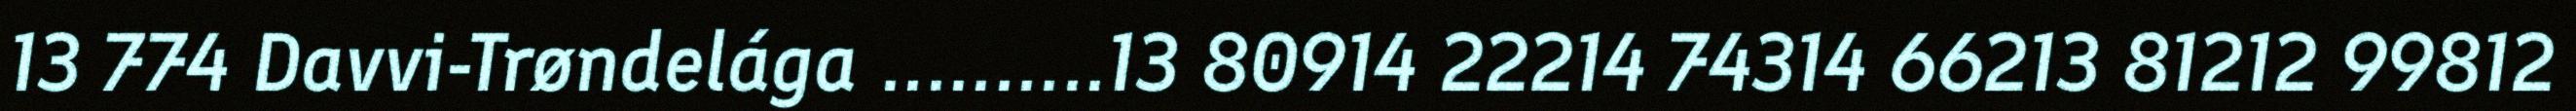
13 774 Davvi-Trøndelága ..........13 80914 22214 74314 66213 81212 99812